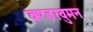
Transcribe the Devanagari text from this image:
वण्डरवुमन